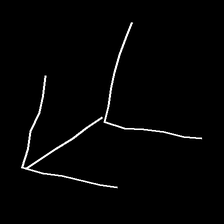
Glyph: gather